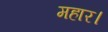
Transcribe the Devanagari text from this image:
महार।